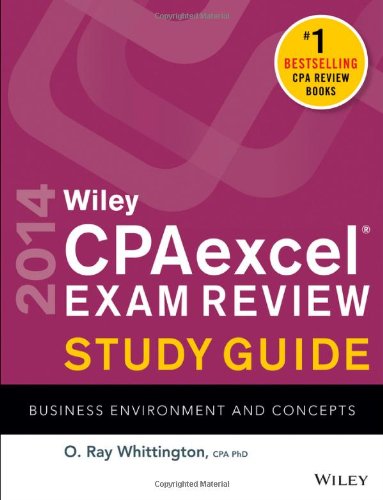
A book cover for Wiley CPA excel Exam Review 2014 Study Guide, Business Environment and Concepts; O. Ray Whittington; Test Preparation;